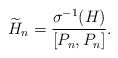
\begin{align*}\widetilde{H}_n=\frac{\sigma^{-1}(H)}{[P_n, P_n]}.\end{align*}